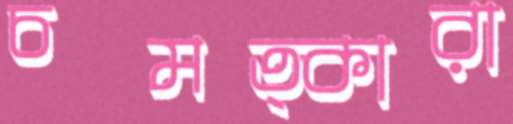
চমত্কারা